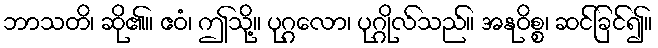
ဘာသတိ၊ ဆို၏။ ဧဝံ၊ ဤသို့။ ပုဂ္ဂလော၊ ပုဂ္ဂိုလ်သည်။ အနုဝိစ္စ၊ ဆင်ခြင်၍။